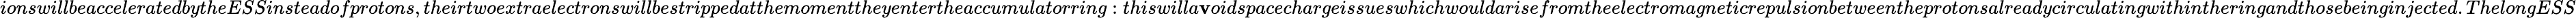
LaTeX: ionswillbeacceleratedbytheESSinsteadofprotons,theirtwoextraelectronswillbestrippedatthemomenttheyentertheaccumulatorring:thiswilla\mathbf{v}oidspacechargeissueswhichwouldarisefromtheelectromagneticrepulsionbetweentheprotonsalreadycirculatingwithintheringandthosebeinginjected.ThelongESS